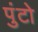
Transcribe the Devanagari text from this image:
पुंटो